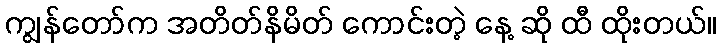
ကျွန်တော်က အတိတ်နိမိတ် ကောင်းတဲ့ နေ့ ဆို ထီ ထိုးတယ်။